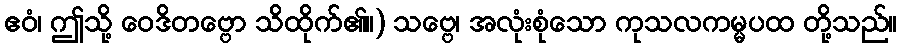
ဧဝံ၊ ဤသို့ ဝေဒိတဗ္ဗော သိထိုက်၏။) သဗ္ဗေ၊ အလုံးစုံသော ကုသလကမ္မပထ တို့သည်။